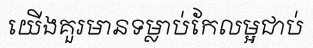
យើងគួរមានទម្លាប់កែលម្អជាប់